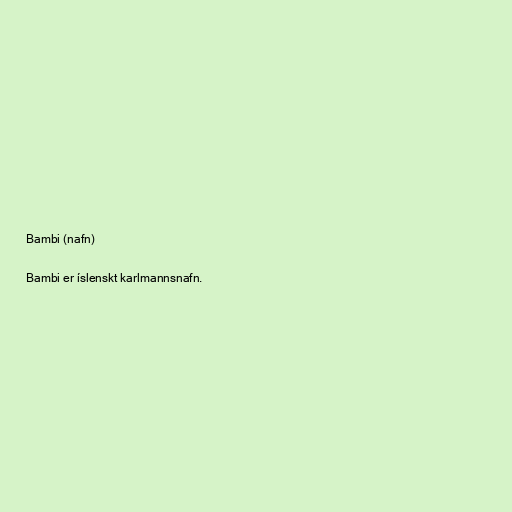
Bambi (nafn)

Bambi er íslenskt karlmannsnafn.